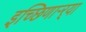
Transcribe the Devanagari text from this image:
इच्छिणाऱ्र्‍या